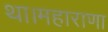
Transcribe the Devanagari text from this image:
था।महाराणा